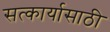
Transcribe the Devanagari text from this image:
सत्कार्यासाठी